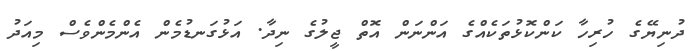
ދުނިޔޭގެ ހުރިހާ ކަންކޮޅުތަކެއްގެ އަންނަން އޮތް ޖީލުގެ ނިދާ. އަޅުގަނޑުމެން އެންމެންވެސް މިއަދު